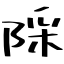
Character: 𨺉